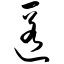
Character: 匿